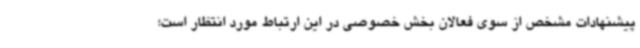
پیشنهادات مشخص از سوی فعالان بخش خصوصی در این ارتباط مورد انتظار است؛